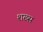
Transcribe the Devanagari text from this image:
शख्‍स